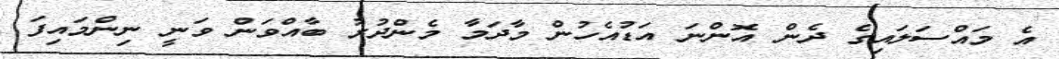
އެ މައްސަލައިގެ ދެން އޮންނަ އަޑުއެހުން މާދަމާ މެންދުރު ބާއްވަން ވަނީ ނިންމައިފަ